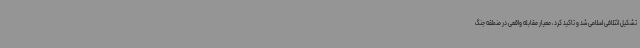
تشکیل ائتلافی اسلامی شد و تاکید کرد، معیار مقابله واقعی در منطقه جنگ